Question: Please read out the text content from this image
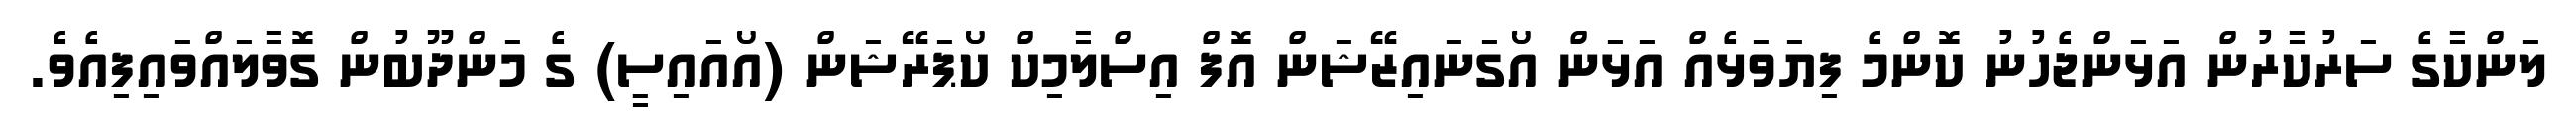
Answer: ލަންކާގެ ސަރުކާރުން އަޅަންޖެހުނު ކޮންމެ ފިޔަވަޅެއް އަޅަން އޯގަނައިޒޭޝަން އޮފް އިސްލާމިކް ކޯޕަރޭޝަން (އޯއައިސީ) ގެ މަންދޫބުން ގޮވާލައްވައިފިއެވެ.